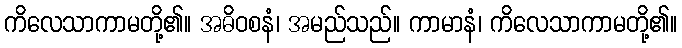
ကိလေသာကာမတို့၏။ အဓိဝစနံ၊ အမည်သည်။ ကာမာနံ၊ ကိလေသာကာမတို့၏။